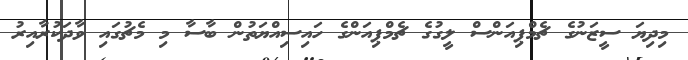
މިދިޔަ ސީޒަނުގެ ޗެމްޕިއަންސް ލީގުގެ ޗެމްޕިއަންގެ ހައިސިއްޔަތުން ބާސާ މި މެޗުގައި ވާދަކުރާއިރު